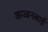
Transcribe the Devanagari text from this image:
कज्जनबाई